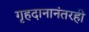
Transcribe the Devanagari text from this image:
गृहदानानंतरही